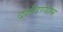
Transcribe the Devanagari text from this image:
दर्शवण्यास